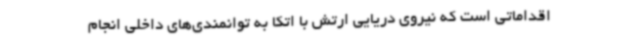
اقداماتی است که نیروی دریایی ارتش با اتکا به توانمندی‌های داخلی انجام